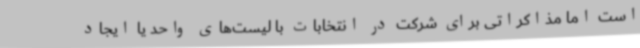
است اما مذاکراتی برای شرکت در انتخابات با لیست‌های واحد یا ایجاد